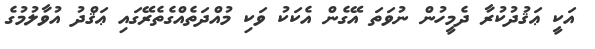
އަކީ ޢަޤުދުކުރާ ދެމީހުން ނުވަތަ އޭގެން އެކަކު ވަކި މުއްދަތެއްގެތެރޭގައި ޢަޤްދު އުވާލުމުގެ